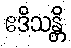
ဧဒိသန္တိ